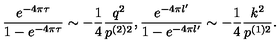
\frac { e ^ { - 4 \pi \tau } } { 1 - e ^ { - 4 \pi \tau } } \sim - \frac 1 4 \frac { q ^ { 2 } } { p ^ { ( 2 ) 2 } } , \frac { e ^ { - 4 \pi l ^ { \prime } } } { 1 - e ^ { - 4 \pi l ^ { \prime } } } \sim - \frac 1 4 \frac { k ^ { 2 } } { p ^ { ( 1 ) 2 } } .